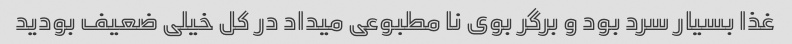
غذا بسیار سرد بود و برگر بوی نا مطبوعی میداد در کل خیلی ضعیف بودید